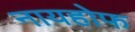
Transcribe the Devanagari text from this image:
नायहोफ